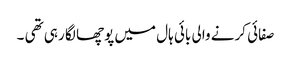
صفائی کرنے والی بائی ہال میں پوچھا لگا رہی تھی ۔